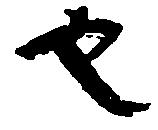
也